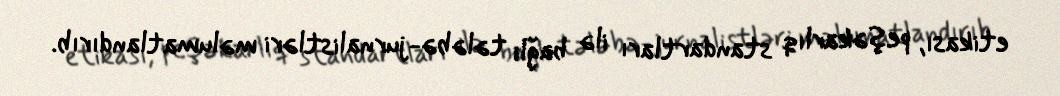
etikası, peşəkarlıq standartları ilə bağlı tələbə-jurnalistləri məlumatlandırıb.